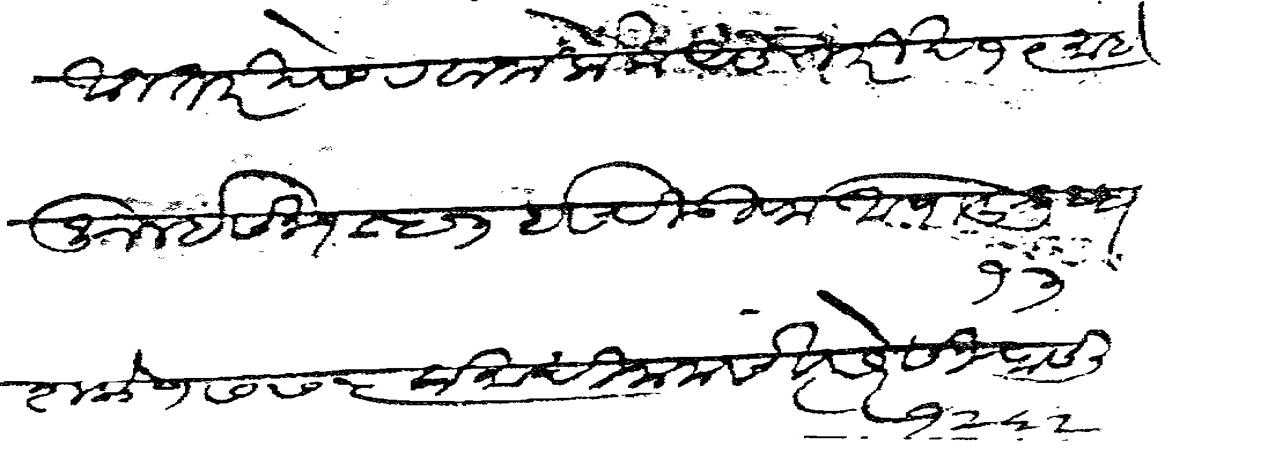
Transliteration (Devanagari): आज तारीखेस रवाना केला असे तारीख १९ माहे जुलई सन १८५३ इसवी ऊर्फ आषाढ शुद्ध १३ शके १७७५ प्रमाथी नाम संवत्सरे सन १२६२ फसली